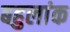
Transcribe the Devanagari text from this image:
बहुलांक